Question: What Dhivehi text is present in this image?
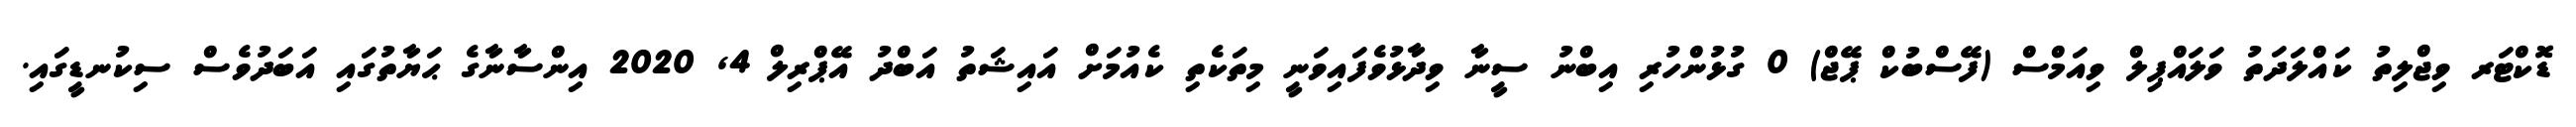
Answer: ޑޮކްޓަރ ވިޖްލިތު ކައްލަދަތު ވަލައްޕިލް ވިއަމްސް (ފޭސްބުކް ޕޭޖް) 0 ގުޅުންހުރި އިބްނު ސީނާ ވިދާޅުވެފައިވަނީ މިތަކެތި ކެއުމަށް އައިޝަތު އަބްދު އޭޕްރިލް 4, 2020 އިންސާނާގެ ޙަޔާތުގައި އަބަދުވެސް ސިކުނޑީގައި.